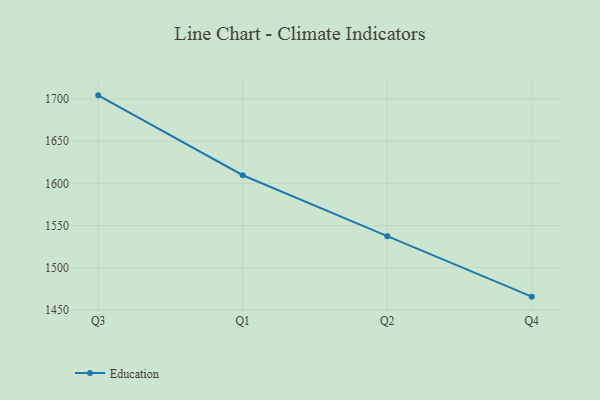
{"axis": {"x": "Quarter", "y": "Tickets Resolved"}, "legend": ["Education"], "data": [{"x": "Q3", "y": 1704.2, "type": "Education"}, {"x": "Q1", "y": 1609.6, "type": "Education"}, {"x": "Q2", "y": 1537.4, "type": "Education"}, {"x": "Q4", "y": 1465.8, "type": "Education"}]}